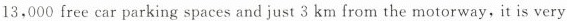
13,000 free car parking spaces and just 3 km from the motorway,it is very